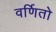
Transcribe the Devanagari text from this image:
वर्णितो